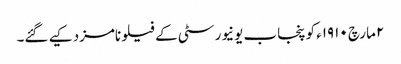
٢ مارچ ١٩١٠ء کو پنجاب یونیورسٹی کے فیلو نامزد کیے گئے۔